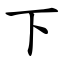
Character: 下